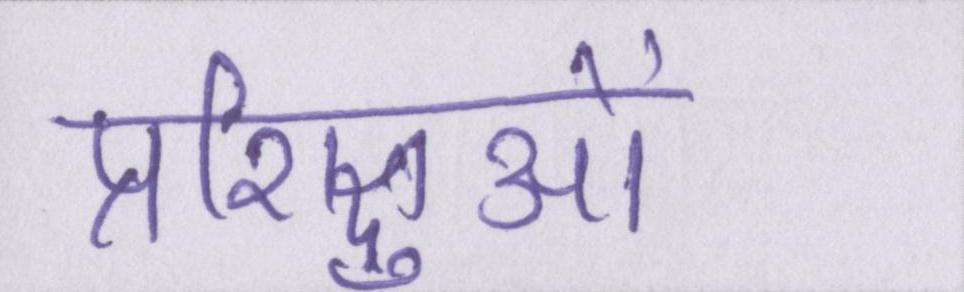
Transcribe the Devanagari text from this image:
प्रशिक्षुओं